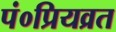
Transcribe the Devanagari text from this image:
पं०प्रियव्रत